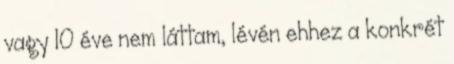
vagy 10 éve nem láttam, lévén ehhez a konkrét